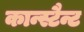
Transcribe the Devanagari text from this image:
कान्स्टैन्ट